Vaccination United Provinces of Agra and Oudh 1902-1913 - 1902-1913
Year: 1902
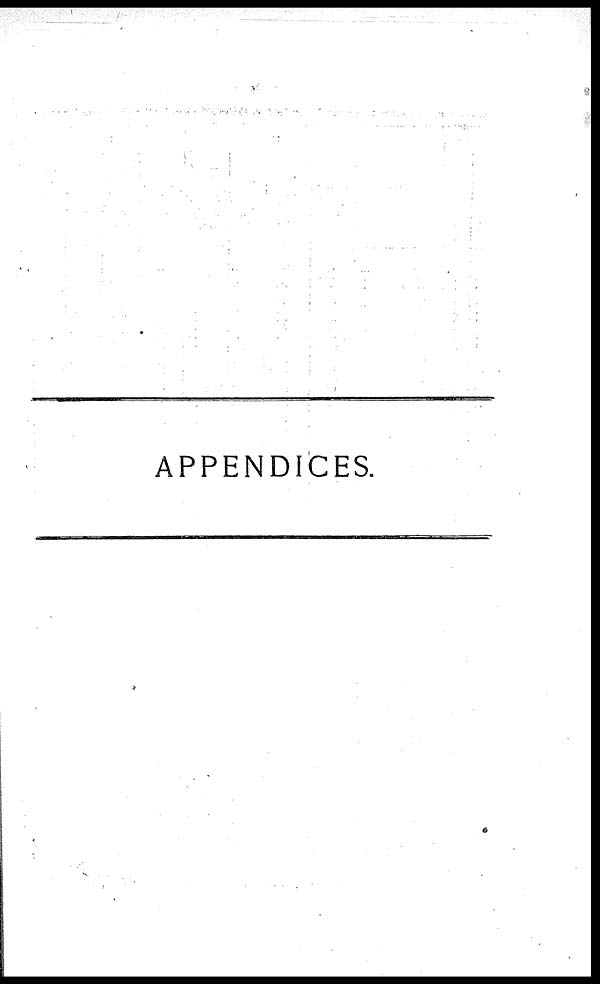
APPENDICES.